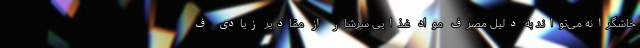
خاشگرانه می‌تواند به دلیل مصرف مواد غذایی سرشار از مقادیر زیادی ف